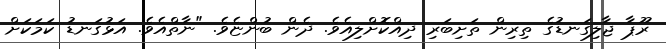
ރޫޕާ ޖާލިގަނޑުގެ ތިރިން ތަށިބަރި ދިއްކޮށްލިއެވެ. ދެން ބުންޏެވެ. "ނާތްއެވެ. އަޅުގަނޑު ކަމަކަށް